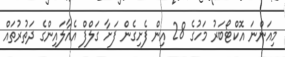
މިއަންނަ އޮކްޓޯބަރު މަހުގެ 28 އިން ފެށިގެން ފަށާ ގަލްފް އެއާލައިންގެ ދަތުރުތައް